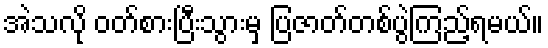
အဲသလို ဝတ်စားပြီးသွားမှ ပြဇာတ်တစ်ပွဲကြည့်ရမယ်။